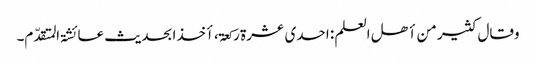
وقال کثیر من أھل العلم : احدی عشرۃ رکعۃ ، أخذا بحدیث عائشۃ المتقدّم۔